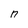
Character: n